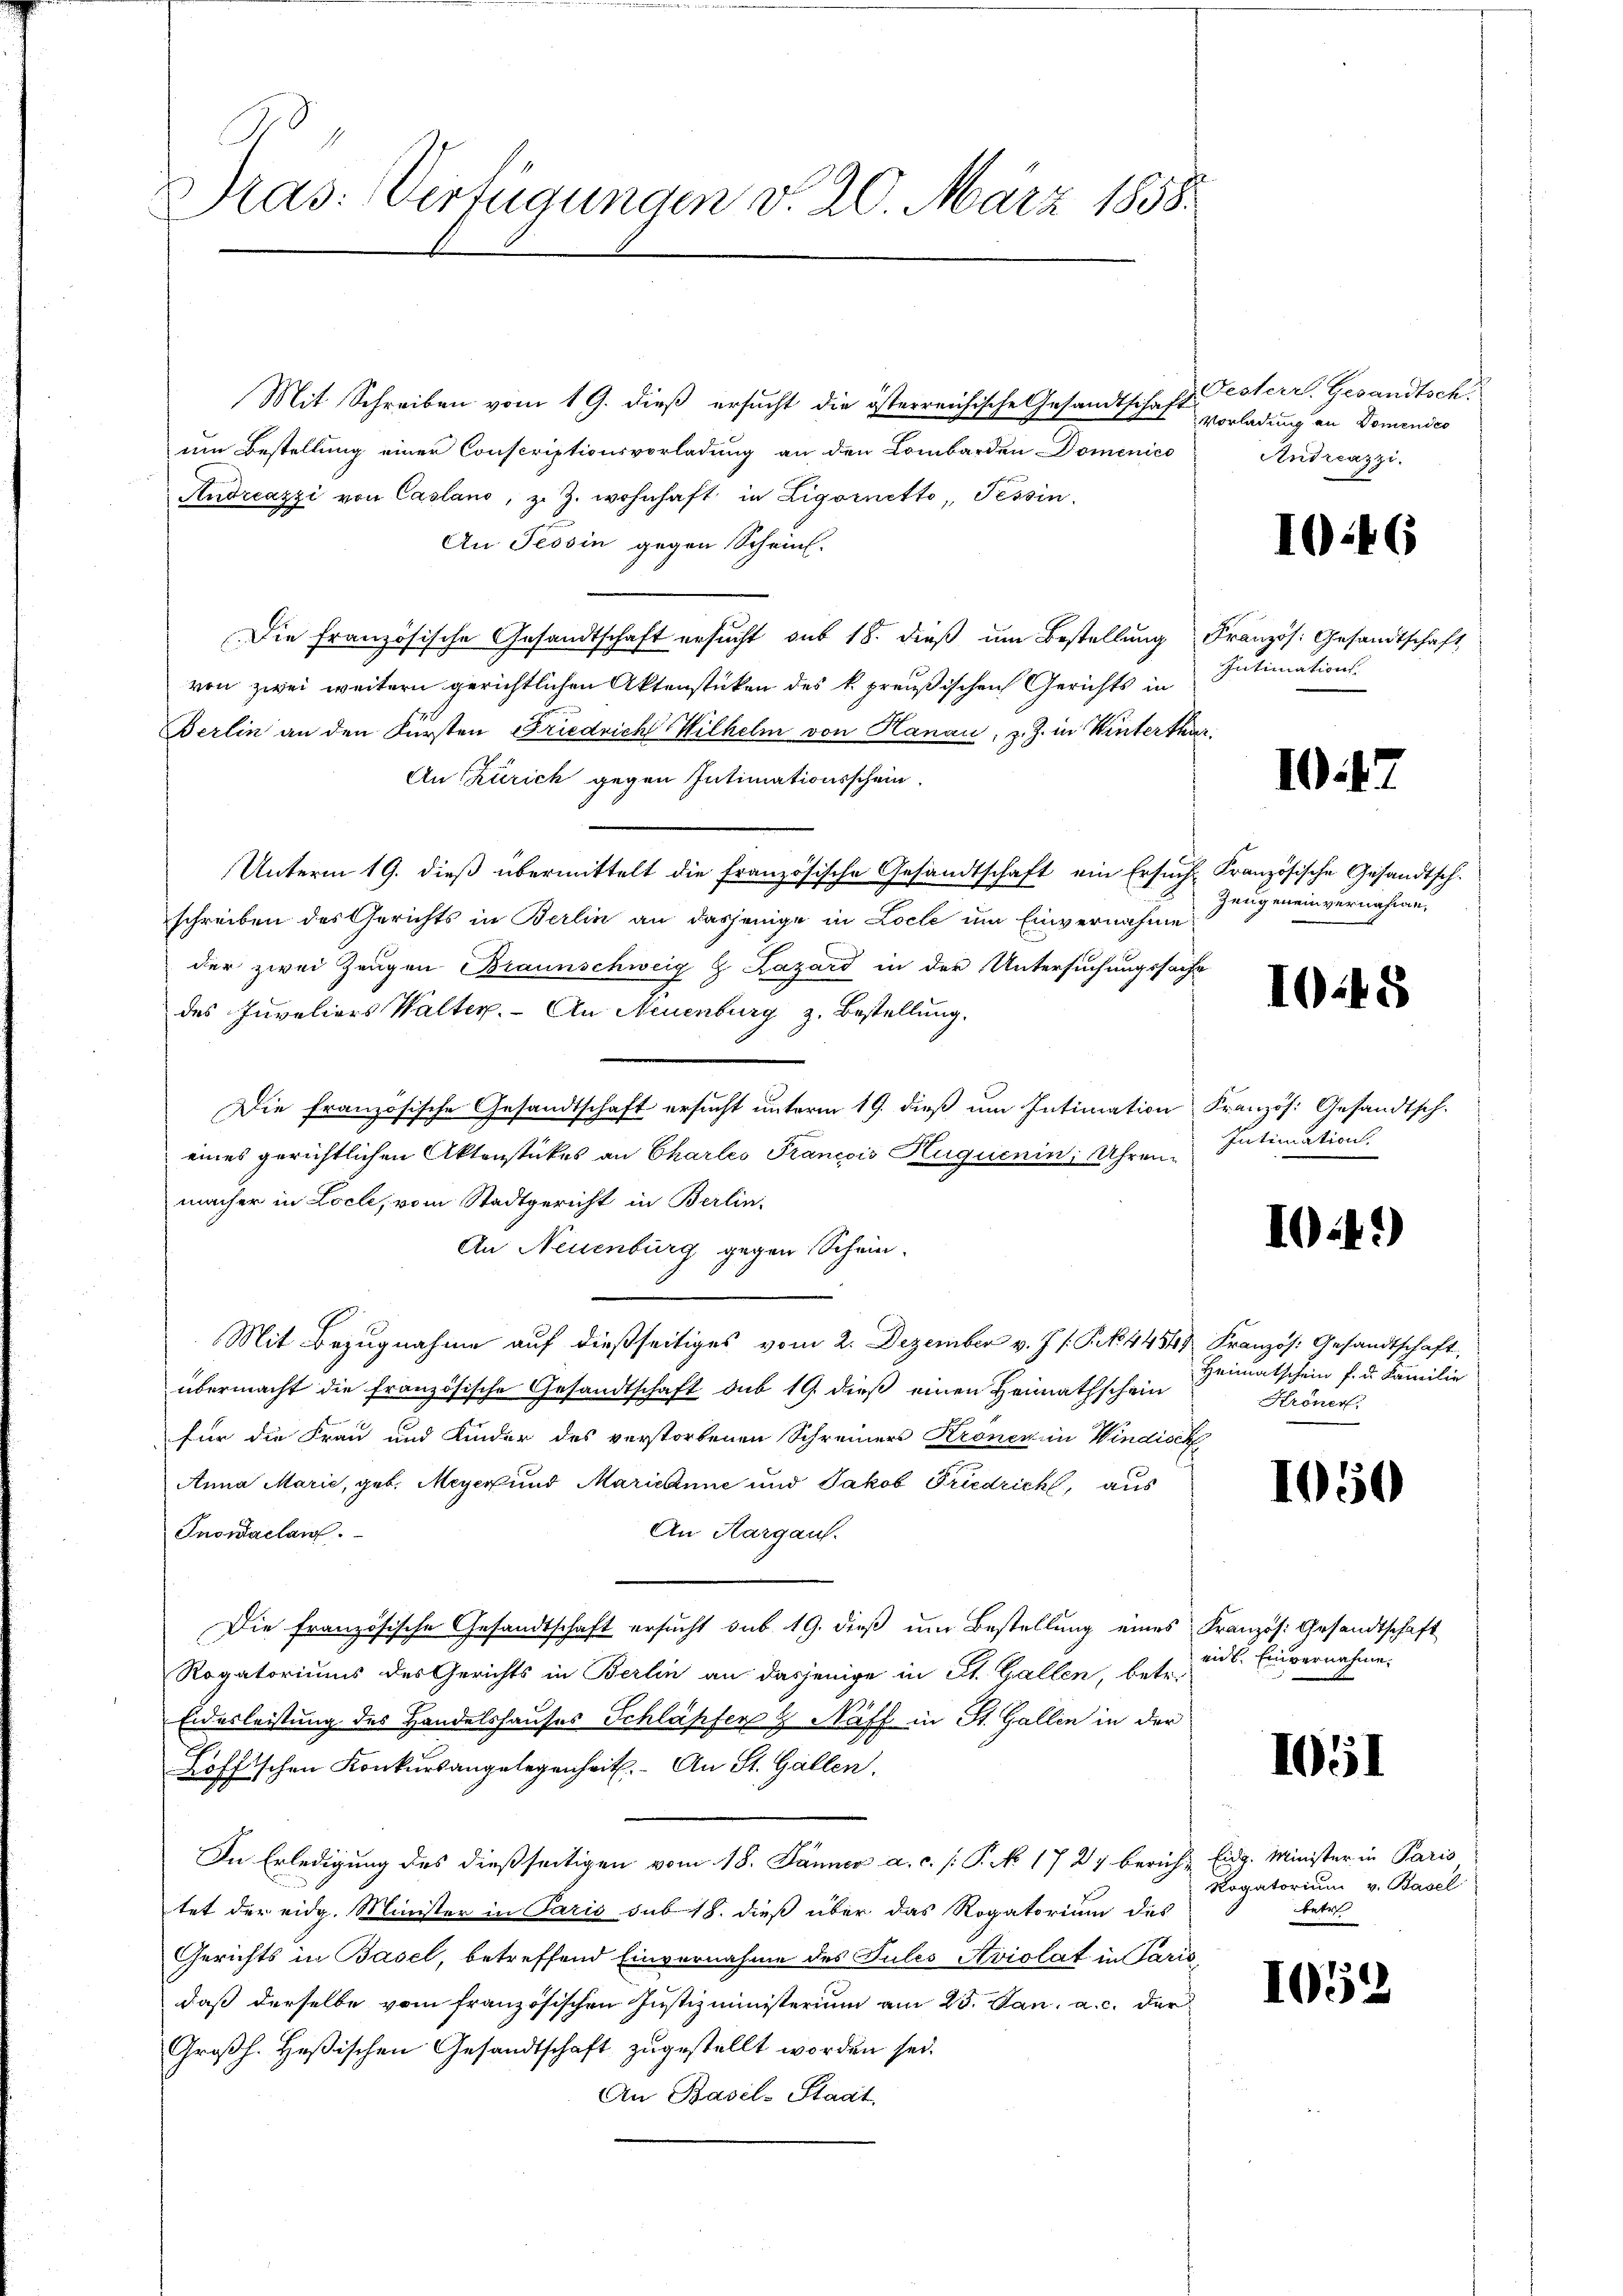
Pras: Verfügungen d. 20. März 1858.

Mit Schreiben vom 19. dieß ersucht die österreichische Gesandtschaft esterr. Gesandtsch.
um Bestellung einer Conscriptionsvorladung an den Lombarden Domenico
Andreazzi von Casland, z. Z. wohnhaft in Ligornetto, Tessin.
An Tessin gegen Schein.
Die französische Gesandtschaft ersŭcht aus 18. dieβ ŭm Bestellung Französ. Gesandtschaft
von zwei weitern gerichtlichen Aktenstücken des k. preußischen Gerichts in
Berlin an den Fürsten Friedrich Wilhelm von Hanau, z. Z. in Winterthur.
An Zürich gegen Intimationsschein
Unterm 19. dieß übermittelt die französische Gesandtschaft ein Ersuch Französische Gesandtsch.
schreiben des Gerichts in Berlin an dasjenige in Locle um Einvernahme
der zwei Zeugen Braunschweig & Lazard in der Untersuchungssache
des Invaliers Walter. An Neuenburg z. Bestellung.
Die französische Gesandtschaft ersucht unterm 19. dieß um Intimation Französ. Gesandtsch.
eines gerichtlichen Aktenstückes an Charles Francois Huguenin, Uhrenmacher in Locle, vom Stadtgericht in Berlin
An Neuenburg gegen Schein.
Mit Bezugnahme aŭf dießseitiges vom 2. Dezember v. J. /. P. No 44549 Französ. Gesandtschaft,
übermacht die französische Gesandtschaft du 19. dieß einen Heimathschein
für die Frau und Kinder des verstorbenen Schreiners Krönen in Windisch
Anna Marie, geb. Meyer und Marianne und Jakob Friedrich, aus
An Aargau.
Inowaclan.
Die französische Gesandtschaft ersucht sub. 19. dieß um Bestellung eines Französ. Gesandtschaft
Rogatoriums des Gerichts in Berlin an dasjenige in cit. Gallen, betr.
Eidesleistung des Handelshauses Schläpfer 9 Naff in St. Gallen in der
Loffischen Konkursangelegenheit. An St. Gallen.
In Erledigung des dießseitigen vom 18. Jänner a. c. /: P. N 1727 bericht Eidg. Minister in Paris
tet der eidg. Minister in Paris sub 18. dieß über das Rogatorium des
Gerichts in Basel, betreffend Einvernahme des Jules Aviolat in Paris,
daß derselbe vom französischen Justizministerium am 25. Jan. a. c. der
Großh. Heßischen Gesandtschaft zugestellt worden sei.
An Basel-Staat

Vorladung an Domendes
Andreazzi.

1017

I0:48

10

1046

Intimation.

Zeugeneinvernahme,

Intimation

Heimatschein f. d. Familie
Kröner,

1050

eids. Einvernahme.

1051

Rogatorium v. Basel
betr

1059

)